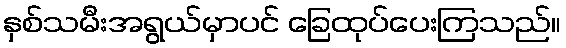
နှစ်သမီးအရွယ်မှာပင် ခြေထုပ်ပေးကြသည်။